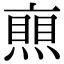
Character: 𠆐